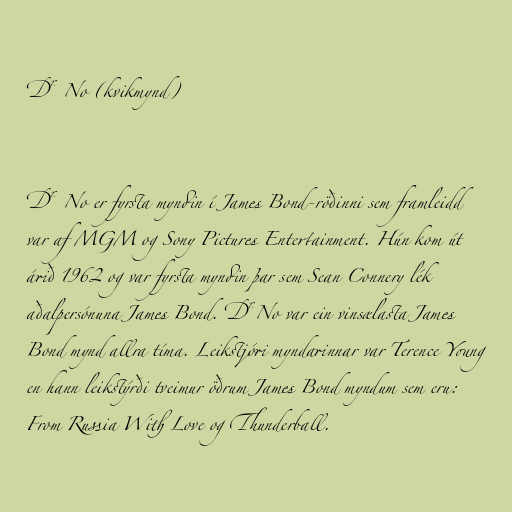
Dr. No (kvikmynd)

Dr. No er fyrsta myndin í James Bond-röðinni sem framleidd
var af MGM og Sony Pictures Entertainment. Hún kom út
árið 1962 og var fyrsta myndin þar sem Sean Connery lék
aðalpersónuna James Bond. Dr.No var ein vinsælasta James
Bond mynd allra tíma. Leikstjóri myndarinnar var Terence Young
en hann leikstýrði tveimur öðrum James Bond myndum sem eru:
From Russia With Love og Thunderball.